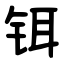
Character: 铒